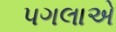
પગલાએ